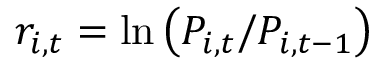
r _ { i , t } = \ln \left( P _ { i , t } / P _ { i , t - 1 } \right)